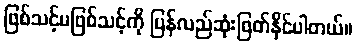
ဖြစ်သင့်မဖြစ်သင့်ကို ပြန်လည်ဆုံးဖြတ်နိုင်ပါတယ်။